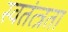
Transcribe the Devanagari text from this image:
स्वतंत्त्रता